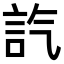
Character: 𧥷